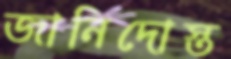
জানিদোস্ত